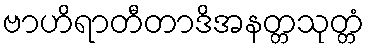
ဗာဟိရာတီတာဒိအနတ္တသုတ္တံ